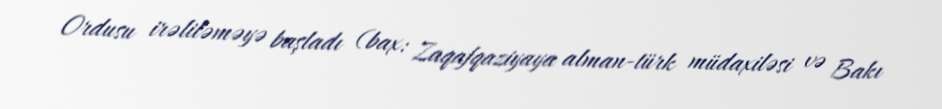
Ordusu irəliləməyə başladı (bax: Zaqafqaziyaya alman-türk müdaxiləsi və Bakı